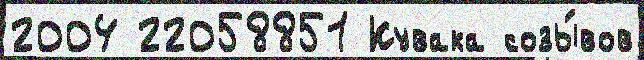
2004 22058851 Кувака созы́вов